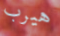
هيرب